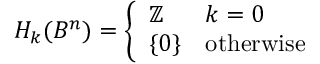
H _ { k } ( B ^ { n } ) = { \left\{ \begin{array} { l l } { \mathbb { Z } } & { k = 0 } \\ { \{ 0 \} } & { { \mathrm { o t h e r w i s e } } } \end{array} \right. }